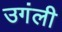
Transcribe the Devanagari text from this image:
उगंली